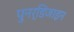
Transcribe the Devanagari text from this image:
पुनर्डिजाइन